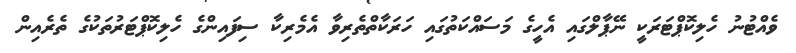
ވެއްޓުނު ހެލިކޮޕްޓަރަކީ ނޭޕާލްގައި އެހީގެ މަސައްކަތުގައި ހަރަކާތްތެރިވާ އެމެރިކާ ސިފައިންގެ ހެލިކޮޕްޓަރުތަކުގެ ތެރެއިން